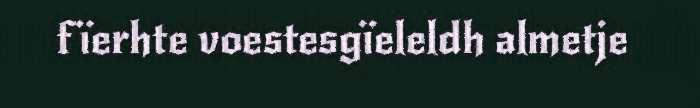
fïerhte voestesgïeleldh almetje